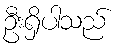
ဦးရှိပါသည်